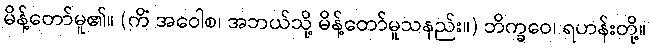
မိန့်တော်မူ၏။ (ကိံ အဝေါစ၊ အဘယ်သို့ မိန့်တော်မူသနည်း။) ဘိက္ခဝေ၊ ရဟန်းတို့။